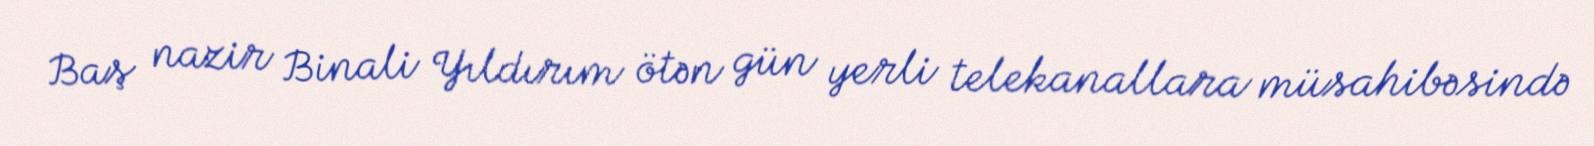
Baş nazir Binali Yıldırım ötən gün yerli telekanallara müsahibəsində